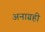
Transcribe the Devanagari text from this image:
अनाग्रही